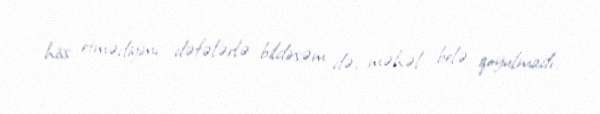
hiss etmədiyimi dəfələrlə bildirsəm də, məhəl belə qoyulmadı.